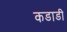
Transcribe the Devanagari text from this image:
कडाडी